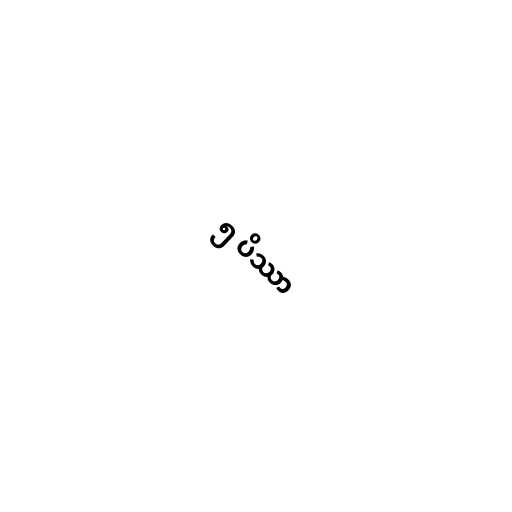
၅ ပိဿာ